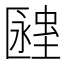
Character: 𧏔